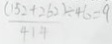
\frac { ( 1 5 2 + 2 6 2 ) } { 4 1 4 } \div 4 6 = 9